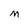
Character: M